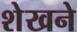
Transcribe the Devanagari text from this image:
शेखने